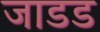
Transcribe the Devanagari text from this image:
जाडड